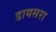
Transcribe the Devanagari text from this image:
डायसरा